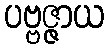
ပဗ္ဗဇ္ဇာယ